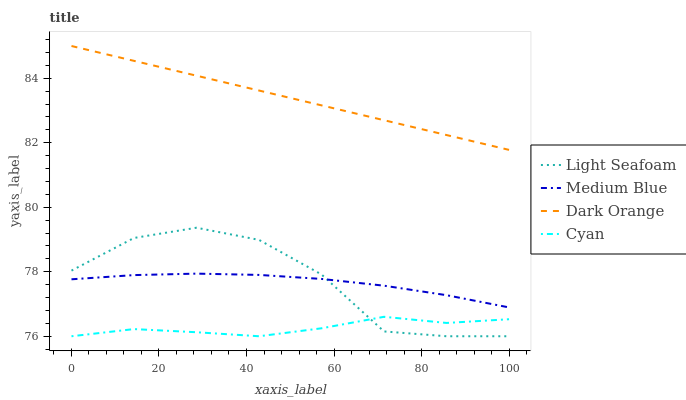
| xaxis_label | Light Seafoam | Medium Blue | Dark Orange | Cyan |
 | --- | --- | --- | --- | --- |
 | 0 | 78 | 77.8 | 85 | 76 |
 | 14.3 | 79 | 77.9 | 84.5 | 76.2 |
 | 28.6 | 79.4 | 77.9 | 84.1 | 76.1 |
 | 42.9 | 79 | 77.9 | 83.6 | 76 |
 | 57.1 | 77.9 | 77.8 | 83.2 | 76.2 |
 | 71.4 | 76.1 | 77.6 | 82.7 | 76.6 |
 | 85.7 | 76 | 77.3 | 82.2 | 76.4 |
 | 100 | 76 | 76.9 | 81.8 | 76.5 |